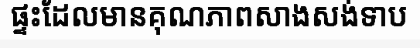
ផ្ទះដែលមានគុណភាពសាងសង់ទាប